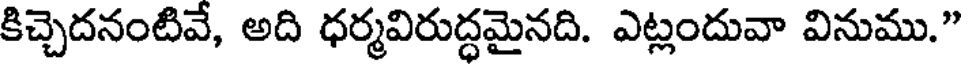
కిచ్చెదనంటివే, అది ధర్మవిరుద్ధమైనది. ఎట్లందువా వినుము."